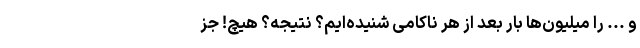
و ... را میلیون‌ها بار بعد از هر ناکامی شنیده‌ایم؟ نتیجه؟ هیچ! جز